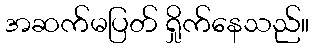
အဆက်မပြတ် ရှိုက်နေသည်။